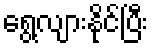
ရွေ့လျားနိုင်ပြီး